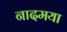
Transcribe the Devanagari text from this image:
नादमया